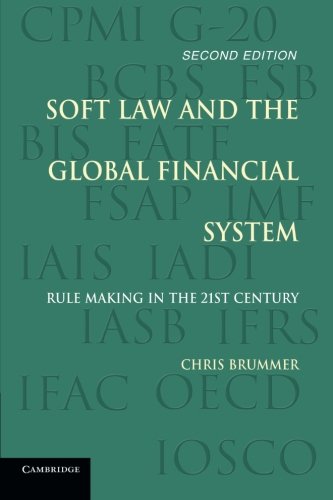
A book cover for Soft Law and the Global Financial System: Rule Making in the 21st Century; Christopher Brummer; Law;